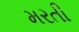
મરતી